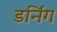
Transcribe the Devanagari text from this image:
डर्निंग